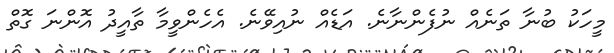
މީހަކު ބުނާ ތަނެއް ނުފެންނާނެ. އަޑެއް ނުއިވޭނެ. އެހެންވީމާ ތާއީދު އޮންނަ ގޮތް